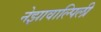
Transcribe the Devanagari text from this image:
नेझावाल्पिली